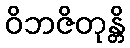
ဝိဘဇိတုန္တိ